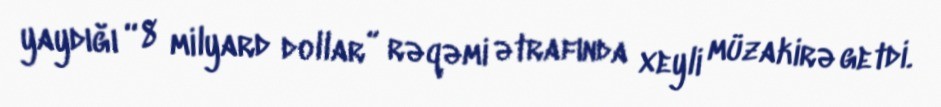
yaydığı “8 milyard dollar” rəqəmi ətrafında xeyli müzakirə getdi.